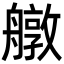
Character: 𦪔